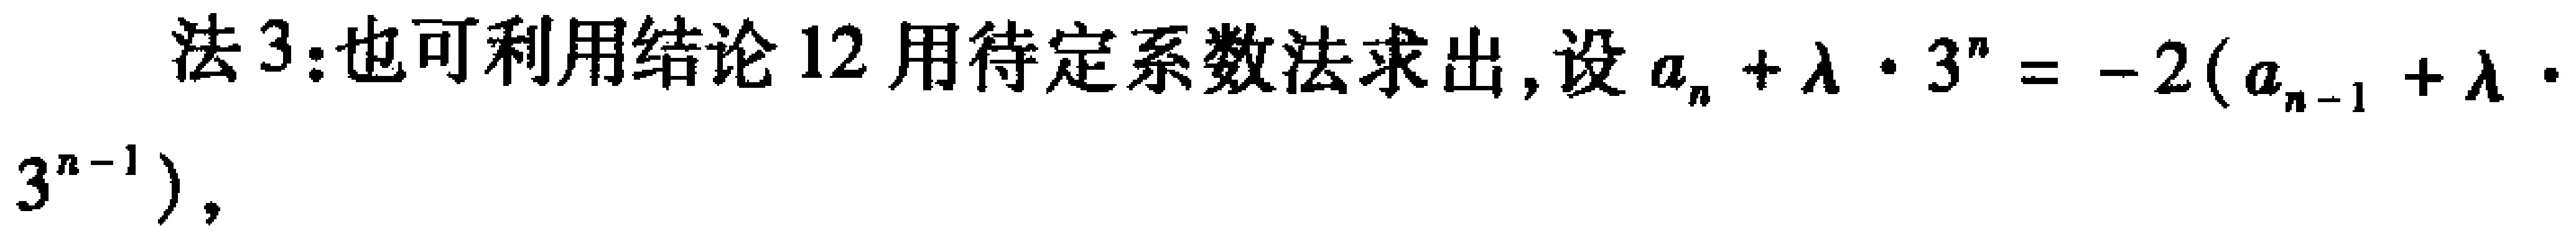
法3:也可利用结论12用待定系数法求出,设\(a_{n}+\lambda\cdot3^{n}=-2(a_{n - 1}+\lambda\cdot3^{n - 1})\)，